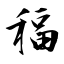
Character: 稫